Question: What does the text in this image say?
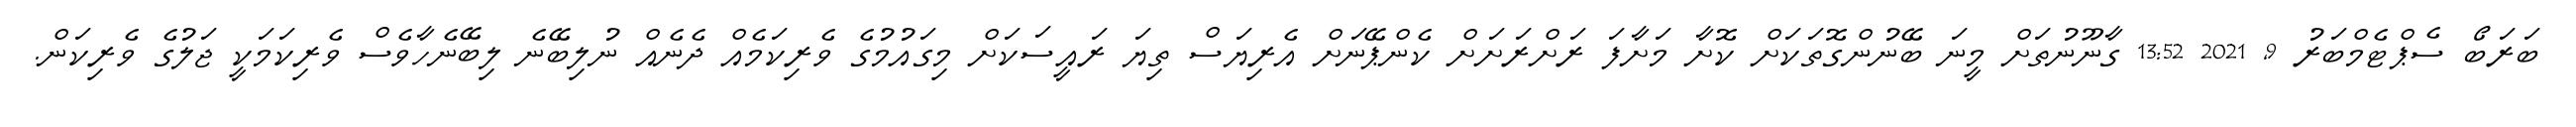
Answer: ބަރަބޯ ސެޕްޓެމްބަރު 9, 2021 13:52 ގާނޫނުތަށް މީނަ ބޭނުންގޮތަކަށް ކޮށާ މަށާފަ ރަށްރަށަށް ކެންޕޭނަށް އެރިޔަސް ތިޔަ ރައީސަކަށް މިގައުމުގެ ވެރިކަމެއް ދެނެއް ނުލިބޭނެ ލިބޭނެހާވެސް ވެރިކަމަކީ ޖަލުގެ ވެރިކަން.